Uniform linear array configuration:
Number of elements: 48
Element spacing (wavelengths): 0.75
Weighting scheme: hamming
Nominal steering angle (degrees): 30
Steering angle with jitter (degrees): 29.0
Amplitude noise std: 0.05
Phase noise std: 0.05

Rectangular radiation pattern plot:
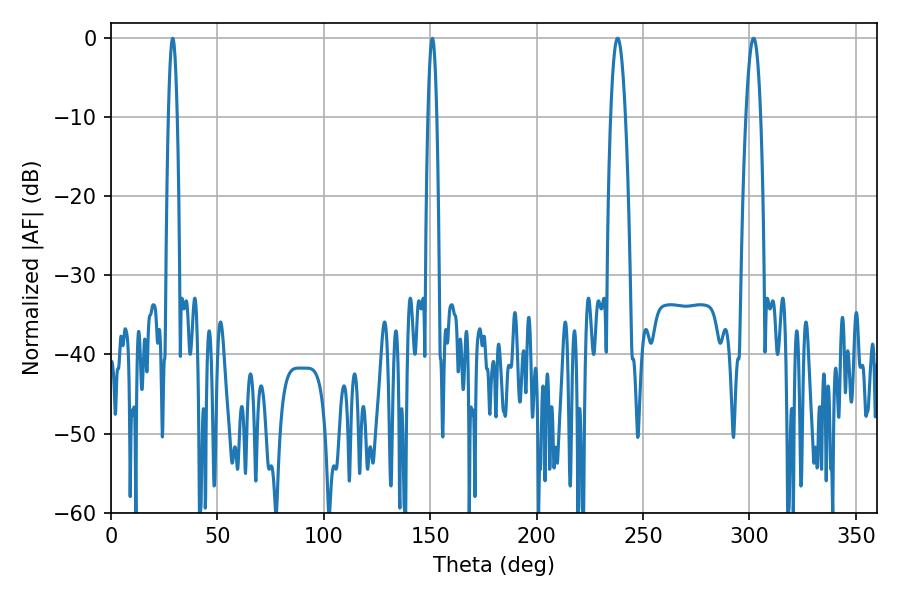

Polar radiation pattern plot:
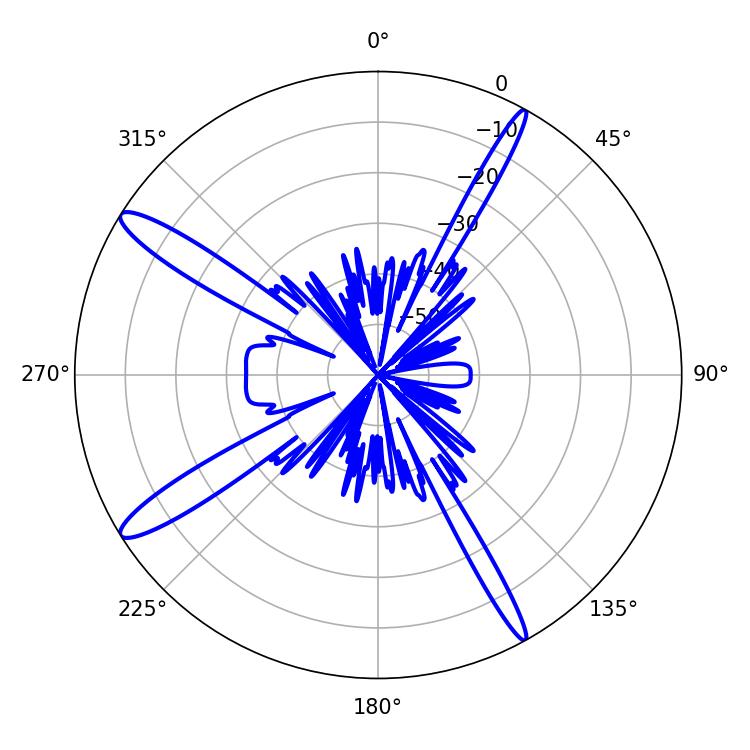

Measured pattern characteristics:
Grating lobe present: TRUE
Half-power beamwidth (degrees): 2.16
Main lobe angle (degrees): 28.98